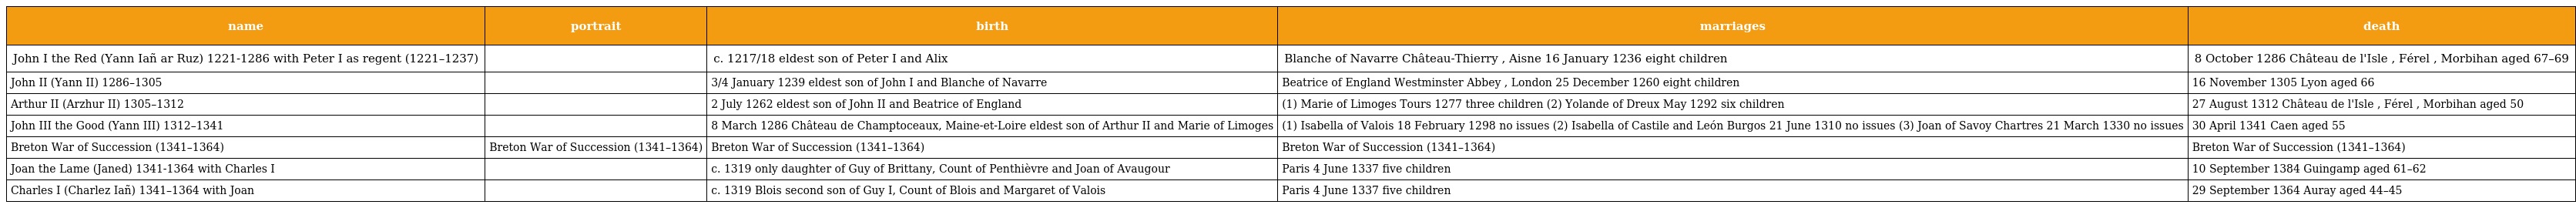
| name | portrait | birth | marriages | death |
 | --- | --- | --- | --- | --- |
 | John I the Red (Yann Iañ ar Ruz) 1221-1286 with Peter I as regent (1221–1237) |  | c. 1217/18 eldest son of Peter I and Alix | Blanche of Navarre Château-Thierry , Aisne 16 January 1236 eight children | 8 October 1286 Château de l'Isle , Férel , Morbihan aged 67–69 |
 | John II (Yann II) 1286–1305 |  | 3/4 January 1239 eldest son of John I and Blanche of Navarre | Beatrice of England Westminster Abbey , London 25 December 1260 eight children | 16 November 1305 Lyon aged 66 |
 | Arthur II (Arzhur II) 1305–1312 |  | 2 July 1262 eldest son of John II and Beatrice of England | (1) Marie of Limoges Tours 1277 three children (2) Yolande of Dreux May 1292 six children | 27 August 1312 Château de l'Isle , Férel , Morbihan aged 50 |
 | John III the Good (Yann III) 1312–1341 |  | 8 March 1286 Château de Champtoceaux, Maine-et-Loire eldest son of Arthur II and Marie of Limoges | (1) Isabella of Valois 18 February 1298 no issues (2) Isabella of Castile and León Burgos 21 June 1310 no issues (3) Joan of Savoy Chartres 21 March 1330 no issues | 30 April 1341 Caen aged 55 |
 | Breton War of Succession (1341–1364) | Breton War of Succession (1341–1364) | Breton War of Succession (1341–1364) | Breton War of Succession (1341–1364) | Breton War of Succession (1341–1364) |
 | Joan the Lame (Janed) 1341-1364 with Charles I |  | c. 1319 only daughter of Guy of Brittany, Count of Penthièvre and Joan of Avaugour | Paris 4 June 1337 five children | 10 September 1384 Guingamp aged 61–62 |
 | Charles I (Charlez Iañ) 1341–1364 with Joan |  | c. 1319 Blois second son of Guy I, Count of Blois and Margaret of Valois | Paris 4 June 1337 five children | 29 September 1364 Auray aged 44–45 |